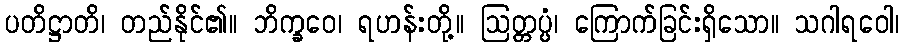
ပတိဋ္ဌာတိ၊ တည်နိုင်၏။ ဘိက္ခဝေ၊ ရဟန်းတို့။ ဩတ္တပ္ပံ၊ ကြောက်ခြင်းရှိသော။ သဂါရဝေါ၊